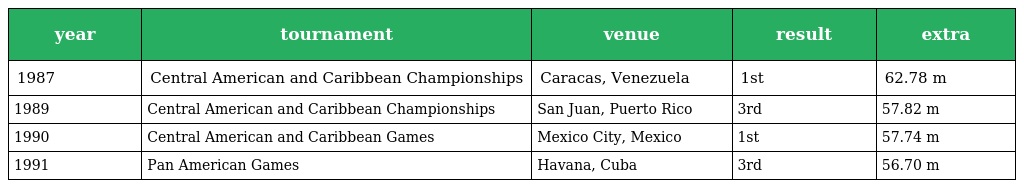
| year | tournament | venue | result | extra |
 | --- | --- | --- | --- | --- |
 | 1987 | Central American and Caribbean Championships | Caracas, Venezuela | 1st | 62.78 m |
 | 1989 | Central American and Caribbean Championships | San Juan, Puerto Rico | 3rd | 57.82 m |
 | 1990 | Central American and Caribbean Games | Mexico City, Mexico | 1st | 57.74 m |
 | 1991 | Pan American Games | Havana, Cuba | 3rd | 56.70 m |